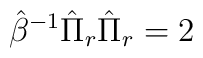
\hat{\beta}^{-1}\hat{\Pi}_{r}\hat{\Pi}_{r}=2